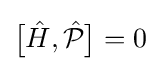
{\bigl [}{\hat {H}},{\hat {\mathcal {P}}}{\bigr ]}=0